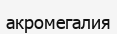
акромегалия